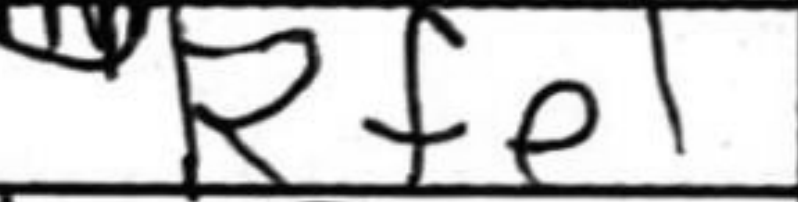
Transcription: Rfe1